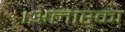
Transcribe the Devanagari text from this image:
।अलास्का